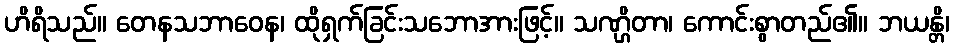
ဟိရိသည်။ တေနသဘာဝေန၊ ထိုရှက်ခြင်းသဘောအားဖြင့်။ သဏ္ဌိတာ၊ ကောင်းစွာတည်၏။ ဘယန္တိ၊